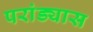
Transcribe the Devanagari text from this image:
परांड्यास